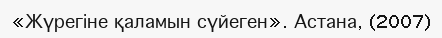
«Жүрегіне қаламын сүйеген». Астана, (2007)